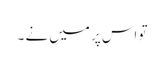
تو اس پر میں نے ۔